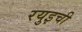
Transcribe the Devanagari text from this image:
रयुइची